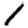
Digit: 1